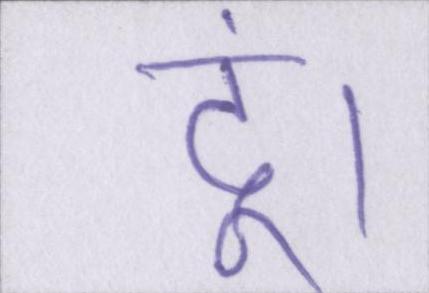
दूं।